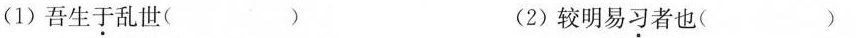
(1)吾生于乱世( ) (2)较明易习者也( )